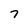
Character: 7